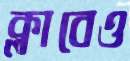
ক্লাবেও